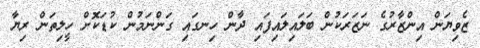
ޒެވިޔަން އިންޒާރުގެ ނަޒަރަކުން ބަލައިލައިފައި ދާން ހިނގައި ގަންނަމުން ކުޑަކޮށް ހީލިތަން ރިޔާ